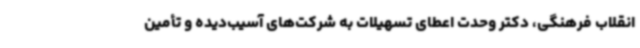
انقلاب فرهنگی، دکتر وحدت اعطای تسهیلات به شرکت‌های آسیب‌دیده و تأمین